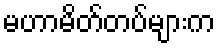
မဟာမိတ်တပ်များက